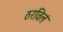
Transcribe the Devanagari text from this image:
ठरविलं